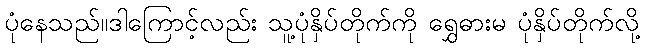
ပုံနေသည်။ဒါကြောင့်လည်း သူ့ပုံနှိပ်တိုက်ကို ရွှေဓားမ ပုံနှိပ်တိုက်လို့